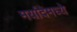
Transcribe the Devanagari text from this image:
मर्यादेमध्ये